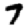
Digit: 7